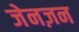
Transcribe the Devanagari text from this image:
जेनज़न